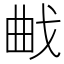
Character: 𭨜